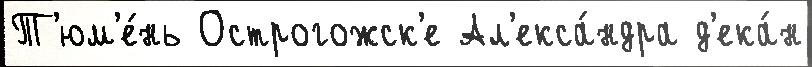
Т'юм'е́нь Острогожск'е Ал'екса́ндра д'ека́н